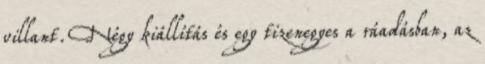
villant. Négy kiállítás és egy tizenegyes a ráadásban, az